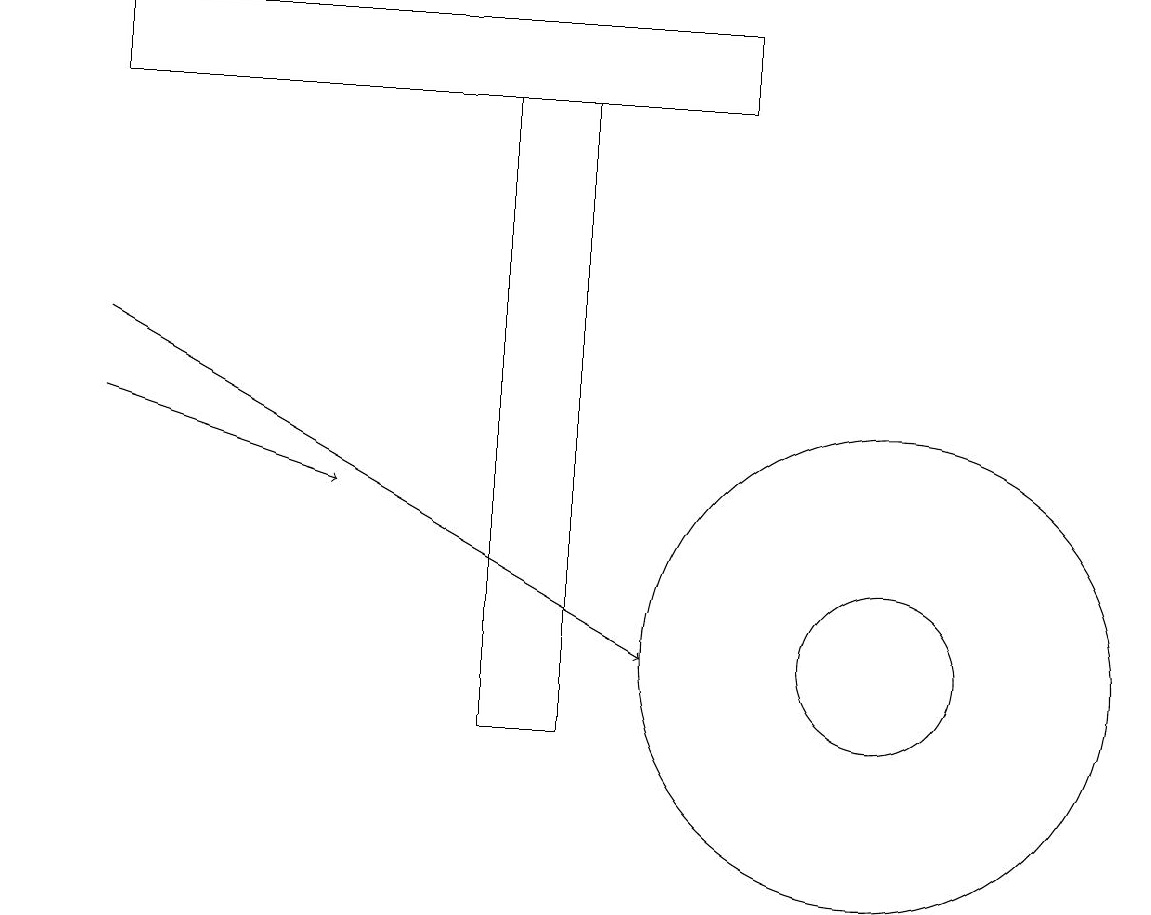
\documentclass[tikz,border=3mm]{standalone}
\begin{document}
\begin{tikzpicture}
\draw (11,11) circle (1);
\draw (1,18) rectangle (9,19);
\draw[->] (1,14) -- (4,13);
\draw (7,10) rectangle (6,18);
\draw (11,11) circle (3);
\draw (0,12) rectangle (0,12);
\draw[->] (1,15) -- (8,11);
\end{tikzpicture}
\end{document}